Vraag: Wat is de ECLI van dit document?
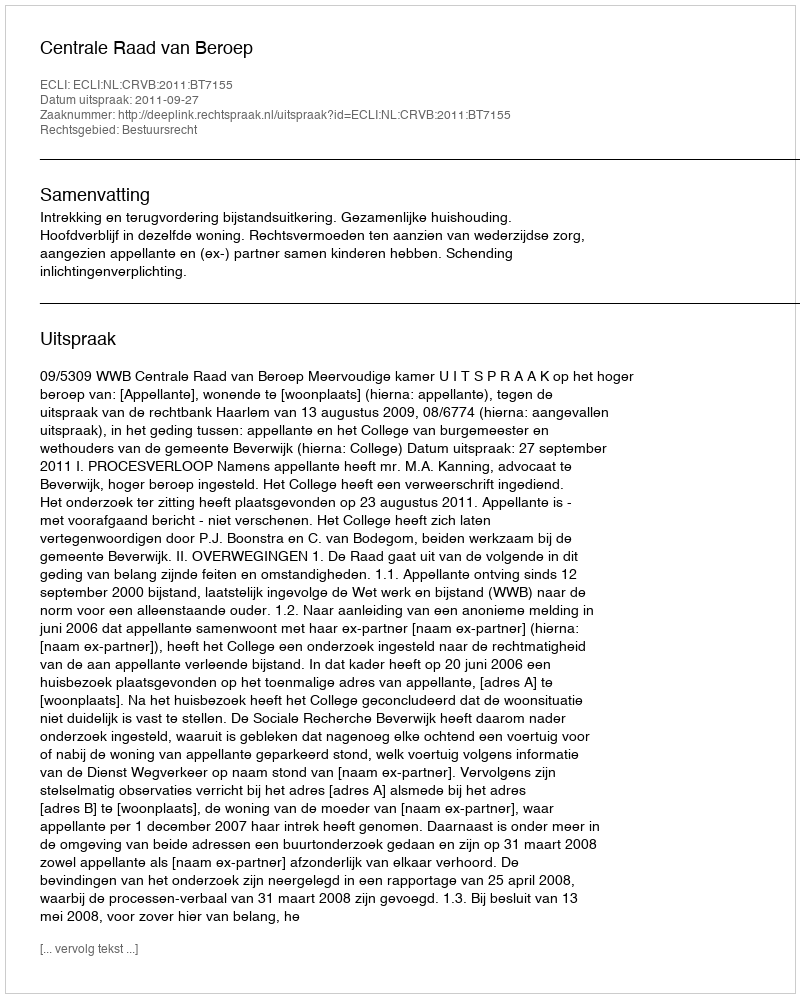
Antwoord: ECLI:NL:CRVB:2011:BT7155